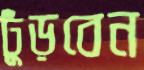
ঢুঁড়বেন